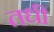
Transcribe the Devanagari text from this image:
तधी